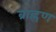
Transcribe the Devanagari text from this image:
ब्राह्रण